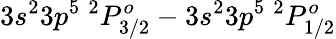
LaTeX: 3s^{2}3p^{5}~^{2}P_{3/2}^{o}-3s^{2}3p^{5}~^{2}P_{1/2}^{o}